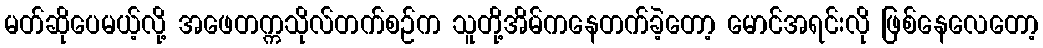
မတ်ဆိုပေမယ့်လို့ အဖေတက္ကသိုလ်တက်စဉ်က သူတို့အိမ်ကနေတက်ခဲ့တော့ မောင်အရင်းလို ဖြစ်နေလေတော့